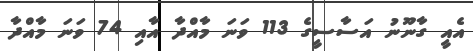
އެއީ ގާނޫނު އަސާސީގެ 113 ވަނަ މާއްދާ އާއި 74 ވަނަ މާއްދާ